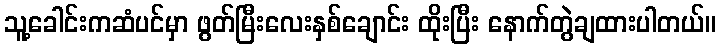
သူ့ခေါင်းကဆံပင်မှာ ဖွတ်မြီးလေးနှစ်ချောင်း ထိုးပြီး နောက်တွဲချထားပါတယ်။